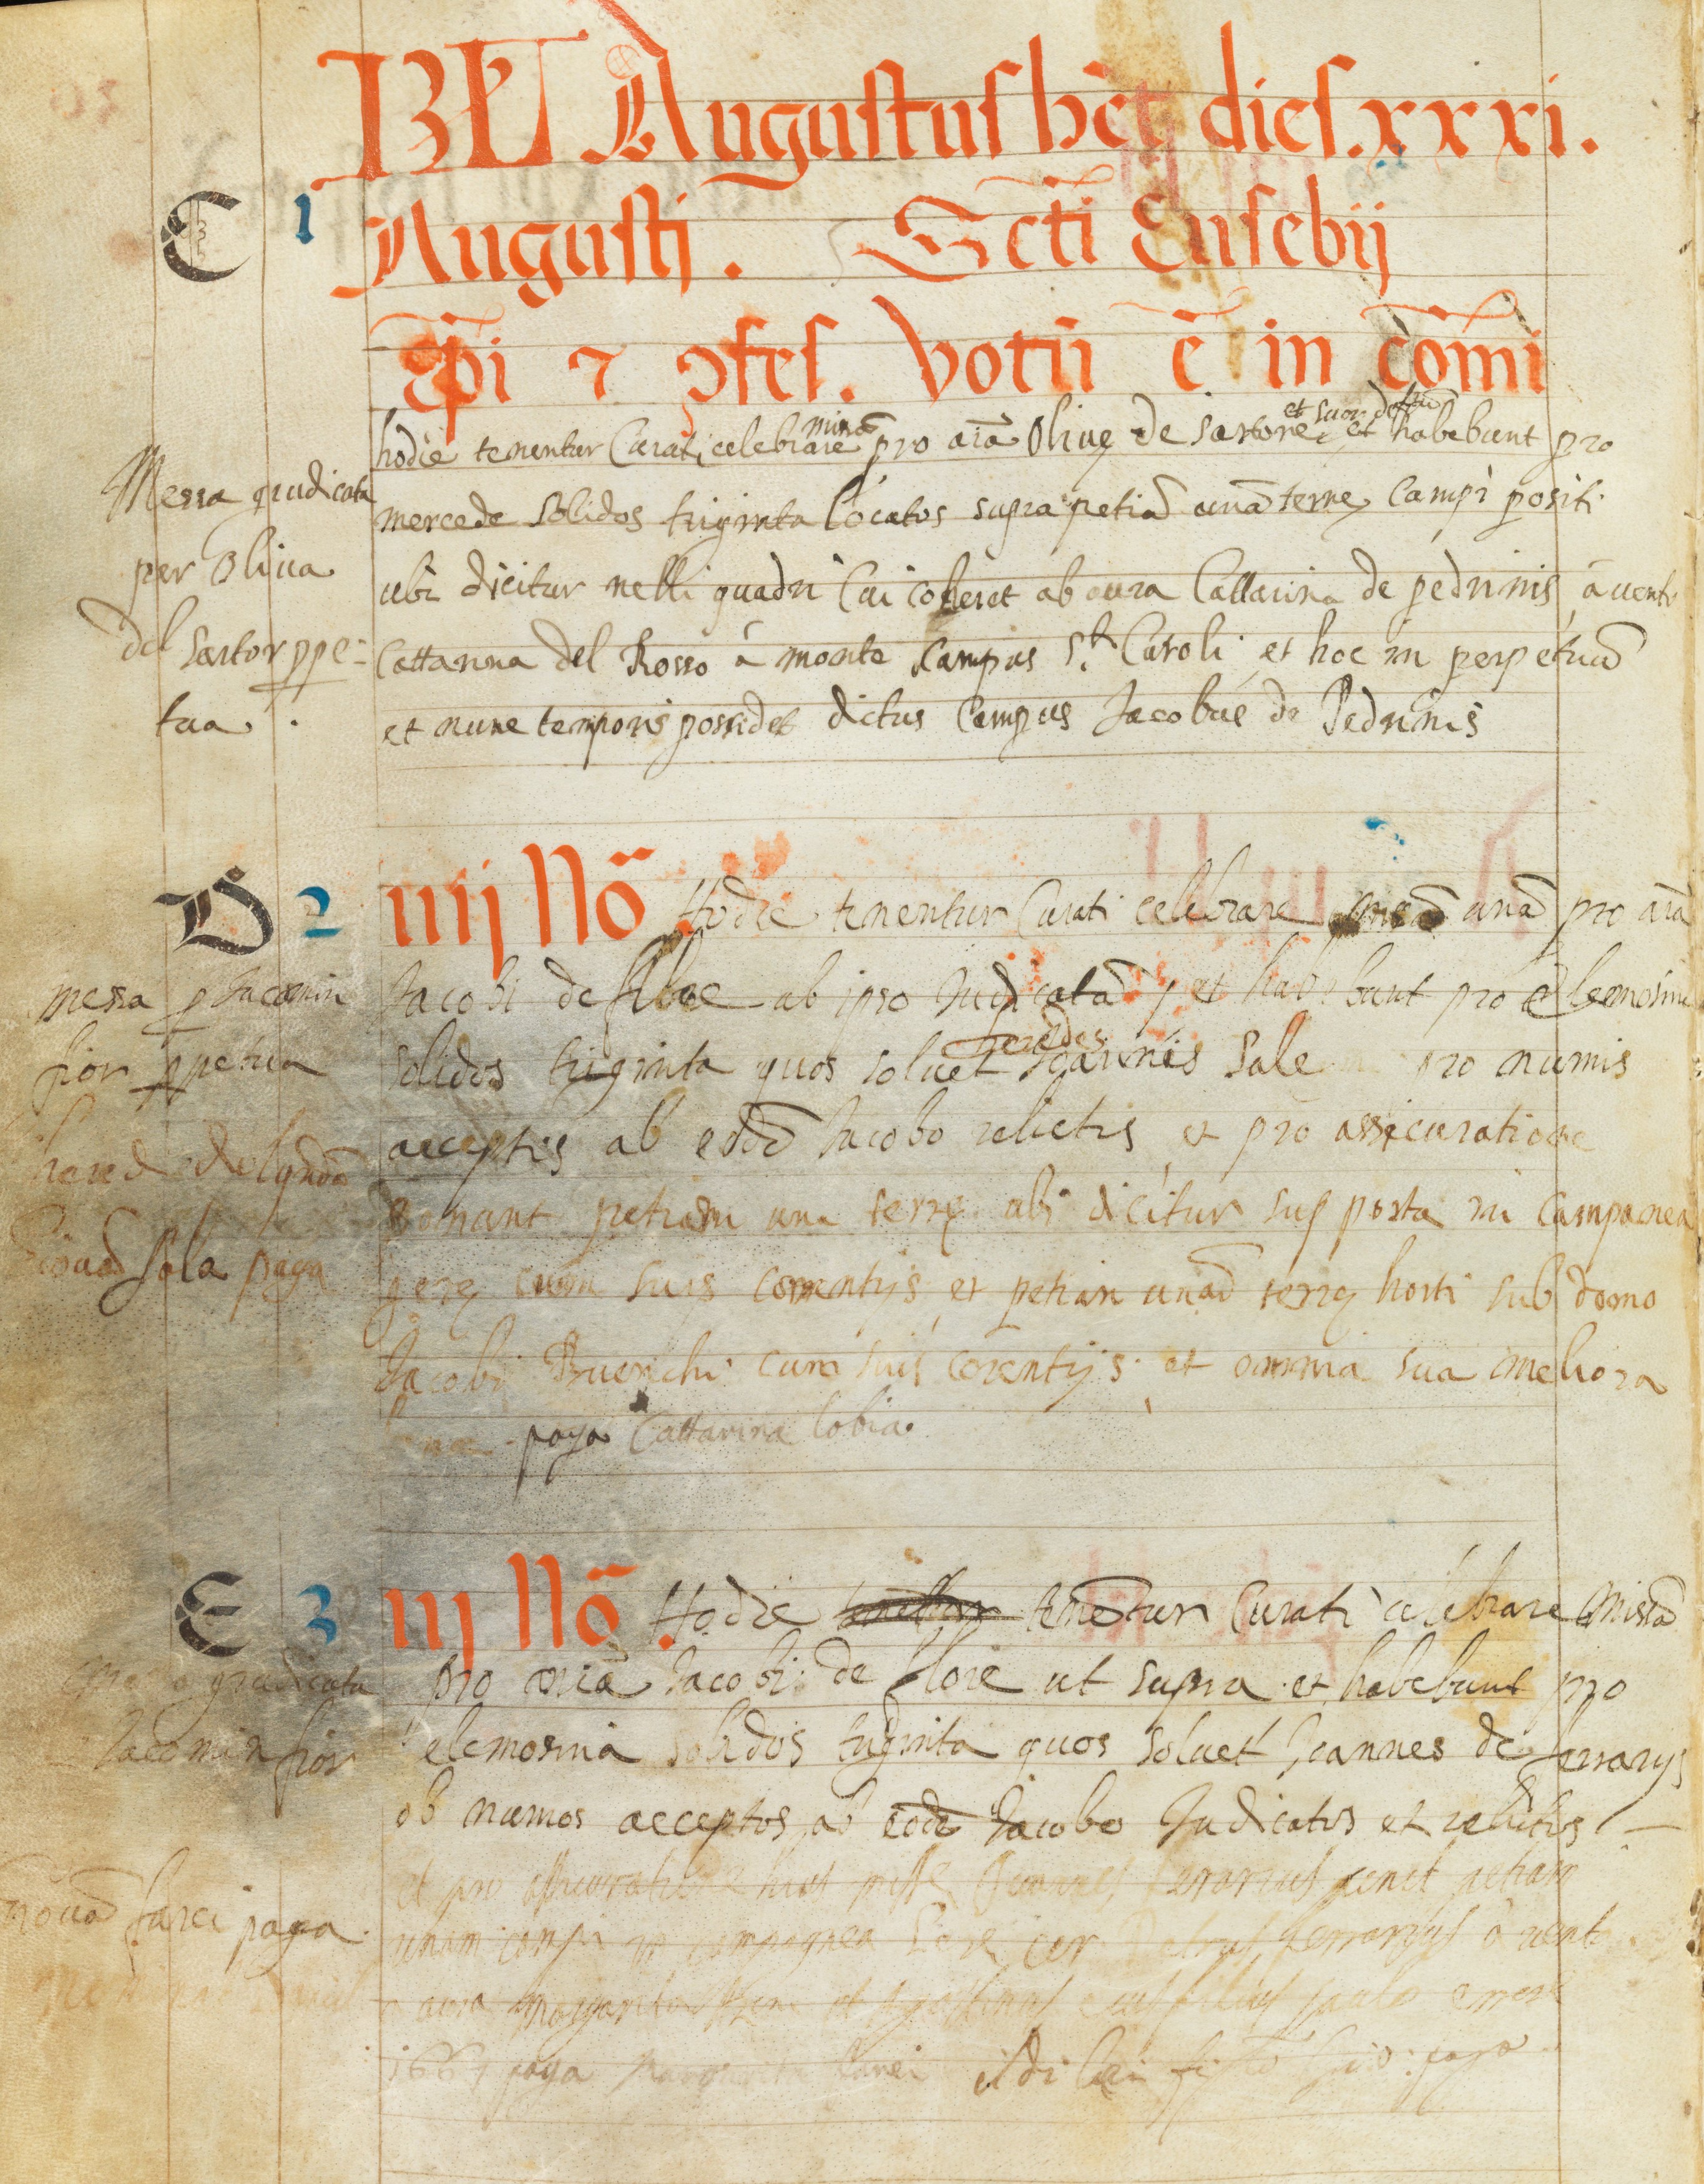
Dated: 1545–1555